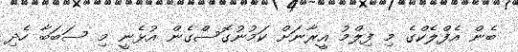
ބެން އެފްލެކްގެ މި ފިލްމު އީރާނަށް ކަމުނުގޮސްގެން އުޅެނީ މި ސަބަބާ ހެދި